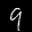
Label: 9